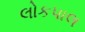
લોકપાલ